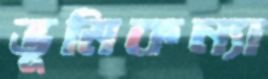
ভূমিকন্যা